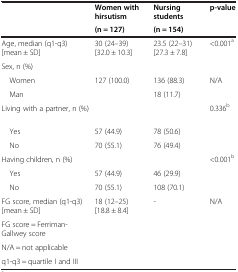
<table><thead><tr><td rowspan="2"><b> </b></td><td><b>Women with hirsutism</b></td><td><b>Nursing students</b></td><td rowspan="2"><b>p-value</b></td></tr><tr><td><b>(n = 127)</b></td><td><b>(n = 154)</b></td></tr></thead><tbody><tr><td>Age, median (q1-q3) [mean ± SD]</td><td>30 (24–39) [32.0 ± 10.3]</td><td>23.5 (22–31) [27.3 ± 7.8]</td><td>&lt;0.001<sup>a</sup></td></tr><tr><td>Sex, n (%)</td><td> </td><td> </td><td> </td></tr><tr><td> Women</td><td>127 (100.0)</td><td>136 (88.3)</td><td>N/A</td></tr><tr><td> Man</td><td> </td><td>18 (11.7)</td><td> </td></tr><tr><td>Living with a partner, n (%)</td><td> </td><td> </td><td>0.336<sup>b</sup></td></tr><tr><td> Yes</td><td>57 (44.9)</td><td>78 (50.6)</td><td> </td></tr><tr><td> No</td><td>70 (55.1)</td><td>76 (49.4)</td><td> </td></tr><tr><td>Having children, n (%)</td><td> </td><td> </td><td>&lt;0.001<sup>b</sup></td></tr><tr><td> Yes</td><td>57 (44.9)</td><td>46 (29.9)</td><td> </td></tr><tr><td> No</td><td>70 (55.1)</td><td>108 (70.1)</td><td> </td></tr><tr><td>FG score, median (q1-q3) [mean ± SD]</td><td>18 (12–25) [18.8 ± 8.4]</td><td>-</td><td>N/A</td></tr><tr><td>FG score = Ferriman-Gallwey score</td><td> </td><td> </td><td> </td></tr><tr><td>N/A = not applicable</td><td> </td><td> </td><td> </td></tr><tr><td>q1-q3 = quartile I and III</td><td> </td><td> </td><td> </td></tr></tbody></table>